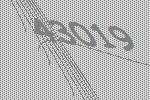
43019